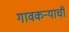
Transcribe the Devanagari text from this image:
गावकर्‍याची